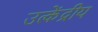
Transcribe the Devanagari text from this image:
उत्केंद्रीय